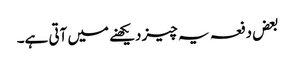
بعض دفعہ یہ چیز دیکھنے میں آتی ہے۔